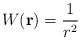
\begin{align*}W({\bf r})=\frac{1}{r^{2}}\;\end{align*}